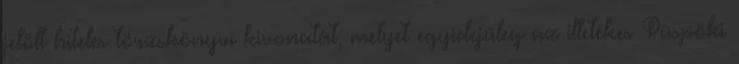
jelölt hiteles törzskönyvi kivonatát, melyet egyidejűleg az illetékes Püspöki